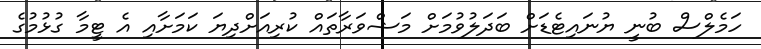
ހަމެލްސް ބުނީ ޔުނައިޓެޑަށް ބަދަލުވުމަށް މަޝްވަރާތައް ކުރިއަށްދިޔަ ކަމަށާއި އެ ޓީމާ ގުޅުމުގެ